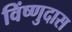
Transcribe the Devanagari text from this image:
विंष्णुदास